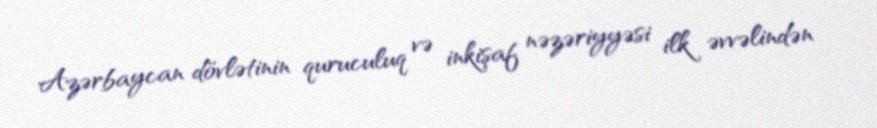
Azərbaycan dövlətinin quruculuq və inkişaf nəzəriyyəsi ilk əvvəlindən